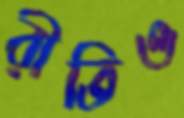
রীতিও